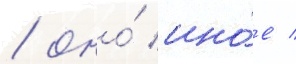
/ оно́ ино́е /